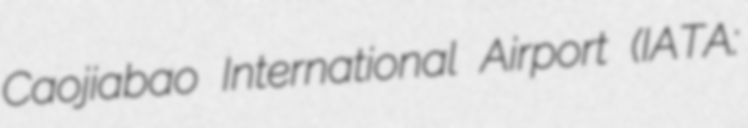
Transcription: Caojiabao International Airport (IATA: